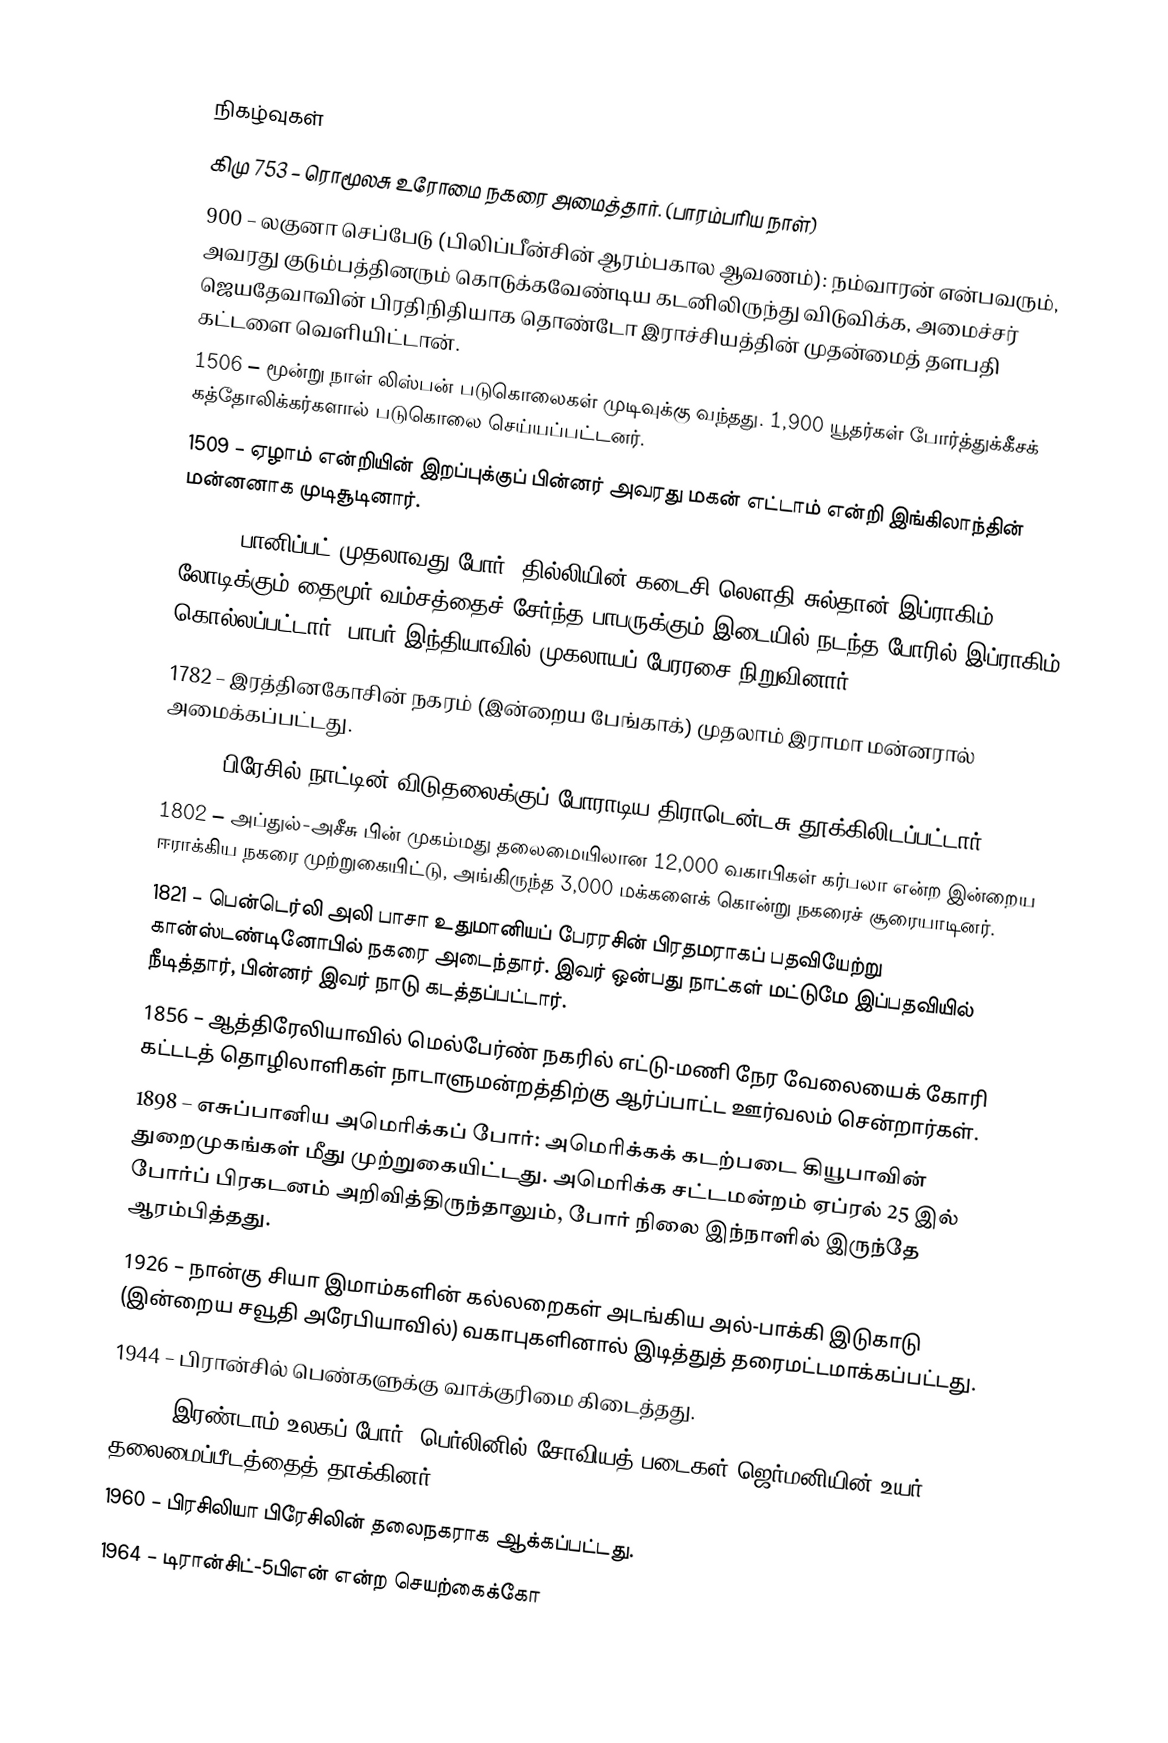

நிகழ்வுகள்
கிமு 753 – ரொமூலசு உரோமை நகரை அமைத்தார். (பாரம்பரிய நாள்)
900 – லகுனா செப்பேடு (பிலிப்பீன்சின் ஆரம்பகால ஆவணம்): நம்வாரன் என்பவரும், அவரது குடும்பத்தினரும் கொடுக்கவேண்டிய கடனிலிருந்து விடுவிக்க, அமைச்சர் ஜெயதேவாவின் பிரதிநிதியாக தொண்டோ இராச்சியத்தின் முதன்மைத் தளபதி கட்டளை வெளியிட்டான்.
1506 – மூன்று நாள் லிஸ்பன் படுகொலைகள் முடிவுக்கு வந்தது. 1,900 யூதர்கள் போர்த்துக்கீசக் கத்தோலிக்கர்களால் படுகொலை செய்யப்பட்டனர்.
1509 – ஏழாம் என்றியின் இறப்புக்குப் பின்னர் அவரது மகன் எட்டாம் என்றி இங்கிலாந்தின் மன்னனாக முடிசூடினார்.
1526 – பானிப்பட் முதலாவது போர்: தில்லியின் கடைசி லௌதி சுல்தான் இப்ராகிம் லோடிக்கும் தைமூர் வம்சத்தைச் சேர்ந்த பாபருக்கும் இடையில் நடந்த போரில் இப்ராகிம் கொல்லப்பட்டார். பாபர் இந்தியாவில் முகலாயப் பேரரசை நிறுவினார்.
1782 – இரத்தினகோசின் நகரம் (இன்றைய பேங்காக்) முதலாம் இராமா மன்னரால் அமைக்கப்பட்டது.
1792 – பிரேசில் நாட்டின் விடுதலைக்குப் போராடிய திராடென்டசு தூக்கிலிடப்பட்டார்.
1802 – அப்துல்-அசீசு பின் முகம்மது தலைமையிலான 12,000 வகாபிகள் கர்பலா என்ற இன்றைய ஈராக்கிய நகரை முற்றுகையிட்டு, அங்கிருந்த 3,000 மக்களைக் கொன்று நகரைச் சூரையாடினர்.
1821 – பென்டெர்லி அலி பாசா உதுமானியப் பேரரசின் பிரதமராகப் பதவியேற்று கான்ஸ்டண்டினோபில் நகரை அடைந்தார். இவர் ஒன்பது நாட்கள் மட்டுமே இப்பதவியில் நீடித்தார், பின்னர் இவர் நாடு கடத்தப்பட்டார்.
1856 – ஆத்திரேலியாவில் மெல்பேர்ண் நகரில் எட்டு-மணி நேர வேலையைக் கோரி கட்டடத் தொழிலாளிகள் நாடாளுமன்றத்திற்கு ஆர்ப்பாட்ட ஊர்வலம் சென்றார்கள்.
1898 – எசுப்பானிய அமெரிக்கப் போர்: அமெரிக்கக் கடற்படை கியூபாவின் துறைமுகங்கள் மீது முற்றுகையிட்டது. அமெரிக்க சட்டமன்றம் ஏப்ரல் 25 இல் போர்ப் பிரகடனம் அறிவித்திருந்தாலும், போர் நிலை இந்நாளில் இருந்தே ஆரம்பித்தது.
1926 – நான்கு சியா இமாம்களின் கல்லறைகள் அடங்கிய அல்-பாக்கி இடுகாடு (இன்றைய சவூதி அரேபியாவில்) வகாபுகளினால் இடித்துத் தரைமட்டமாக்கப்பட்டது.
1944 – பிரான்சில் பெண்களுக்கு வாக்குரிமை கிடைத்தது.
1945 – இரண்டாம் உலகப் போர்: பெர்லினில் சோவியத் படைகள் ஜெர்மனியின் உயர் தலைமைப்பீடத்தைத் தாக்கினர்.
1960 – பிரசிலியா பிரேசிலின் தலைநகராக ஆக்கப்பட்டது.
1964 – டிரான்சிட்-5பிஎன் என்ற செயற்கைக்கோ